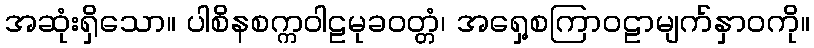
အဆုံးရှိသော။ ပါစိနစက္ကဝါဠမုခဝတ္တံ၊ အရှေ့စကြာဝဠာမျက်နှာဝကို။